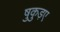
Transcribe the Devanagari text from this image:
षुकुड़ए